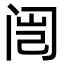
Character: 闿